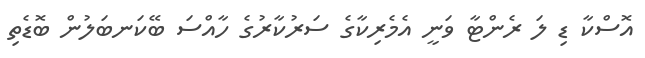
އޮސްކާ ޑި ލަ ރެންޓާ ވަނީ އެމެރިކާގެ ސަރުކާރުގެ ހާއްސަ ބޭކަނބަލުން ބޮޑެތި